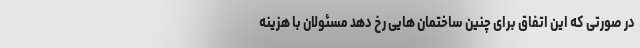
در صورتی که این اتفاق برای چنین ساختمان هایی رخ دهد مسئولان با هزینه